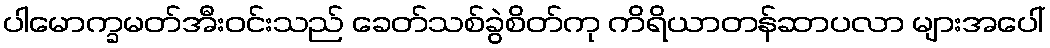
ပါမောက္ခမတ်အီးဝင်းသည် ခေတ်သစ်ခွဲစိတ်ကု ကိရိယာတန်ဆာပလာ များအပေါ်